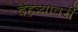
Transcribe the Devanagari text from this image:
देहत्र्यावरीं